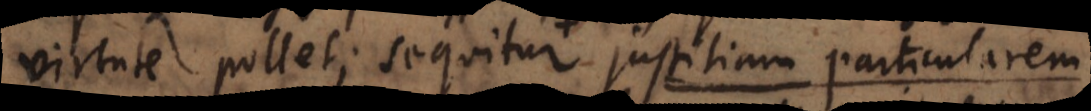
virtute pollet; sequitur justitiam particularem,